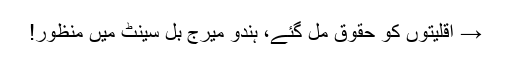
→ اقلیتوں کو حقوق مل گئے، ہندو میرج بل سینٹ میں منظور!